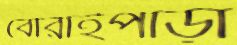
বোরাইপাড়া